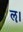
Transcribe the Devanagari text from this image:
ॡ।